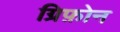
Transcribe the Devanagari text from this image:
ग्रिफ़ोन